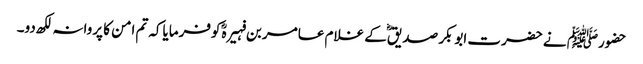
حضورﷺ نے حضرت ابوبکر صدیقؓ کے غلام عامر بن فہیرہؓ کوفرمایاکہ تم امن کا پروانہ لکھ دو۔